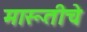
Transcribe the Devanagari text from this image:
मारूतीचे